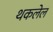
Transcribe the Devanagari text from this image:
थकलेल